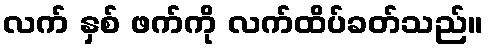
လက် နှစ် ဖက်ကို လက်ထိပ်ခတ်သည်။